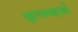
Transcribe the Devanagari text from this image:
ड्रायव्हर्स